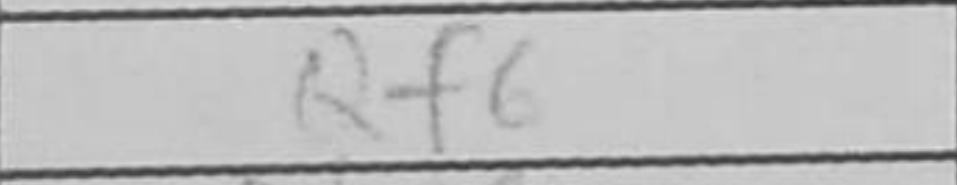
Transcription: Qf6